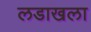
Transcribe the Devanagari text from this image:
लडाखला